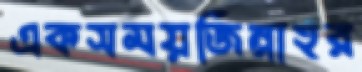
একসময়জিন্নাহর